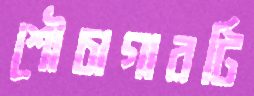
শৌচাগারটি